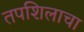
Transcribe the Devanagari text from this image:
तपशिलाचा